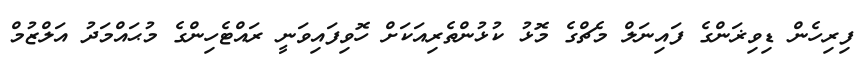
ފިރިހެން ޑިވިޜަންގެ ފައިނަލް މެޗްގެ މޮޅު ކުޅުންތެރިއަކަށް ހޮވިފައިވަނީ ރައްޓެހިންގެ މުޙައްމަދު އަލްޒުމް